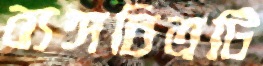
ব্যঙ্গচিত্রটি